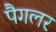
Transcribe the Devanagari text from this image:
पैगलर